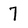
Character: 7